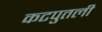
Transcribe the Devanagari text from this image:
कटपुतली